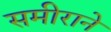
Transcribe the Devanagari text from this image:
समीराने